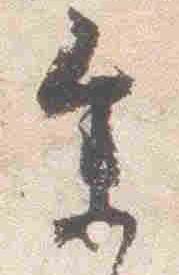
参